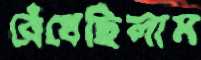
রেঁধেছিলাম